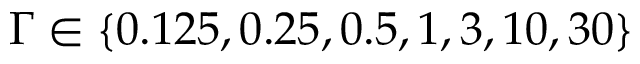
\Gamma \in \{ 0 . 1 2 5 , 0 . 2 5 , 0 . 5 , 1 , 3 , 1 0 , 3 0 \}